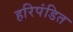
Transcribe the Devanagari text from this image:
हरिपंडित